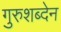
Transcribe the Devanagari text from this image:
गुरुशब्देन